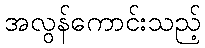
အလွန်ကောင်းသည့်